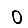
Digit: 0